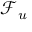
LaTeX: \textstyle { \mathcal { F } } _ { u }